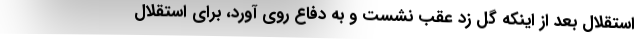
استقلال بعد از اینکه گل زد عقب نشست و به دفاع روی آورد، برای استقلال